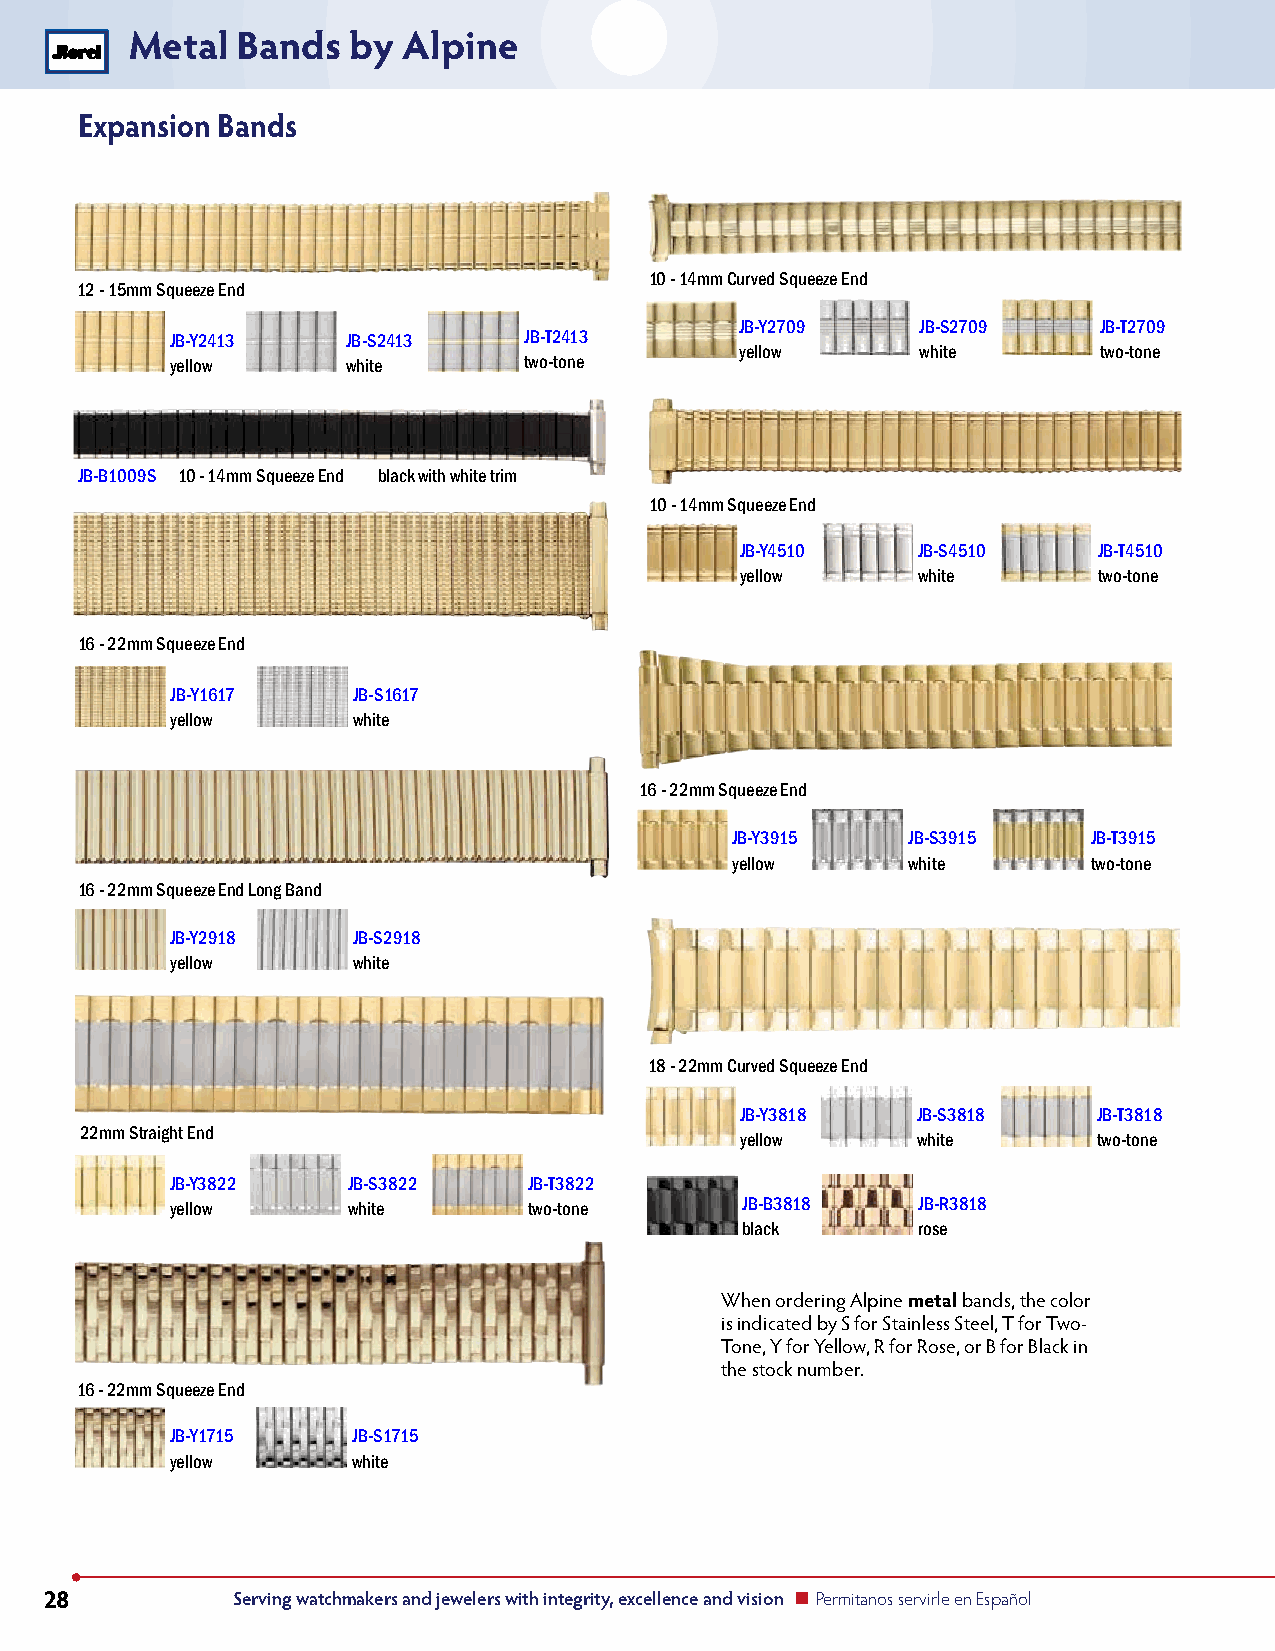
Metal  Bands  by  Alpine
 Expansion Bands
 10 - 14mm Curved Squeeze End
 12 - 15mm Squeeze End
 JB-Y2709    JB-S2709    JB-T2709
 JB-Y2413    JB-S2413    JB-T2413
 yellow      white       two-tone
 yellow      white       two-tone
 JB-B1009S 10 - 14mm Squeeze End black with white trim
 10 - 14mm Squeeze End
 JB-Y4510    JB-S4510    JB-T4510
 yellow      white       two-tone
 16 - 22mm Squeeze End
 JB-Y1617    JB-S1617
 yellow      white
 16 - 22mm Squeeze End
 JB-Y3915    JB-S3915    JB-T3915
 yellow      white       two-tone
 16 - 22mm Squeeze End Long Band
 JB-Y2918    JB-S2918
 yellow      white
 18 - 22mm Curved Squeeze End
 JB-Y3818    JB-S3818    JB-T3818
 22mm Straight End
 yellow      white       two-tone
 JB-Y3822    JB-S3822    JB-T3822
 yellow      white       two-tone      JB-B3818    JB-R3818
 black       rose
 When ordering Alpine metal bands, the color
 is indicated by S for Stainless Steel, T for Two-
 Tone, Y for Yellow, R for Rose, or B for Black in
 the stock number.
 16 - 22mm Squeeze End
 JB-Y1715    JB-S1715
 yellow      white
 28          Serving watchmakers and jewelers with integrity, excellence and vision n Permitanos servirle en Español